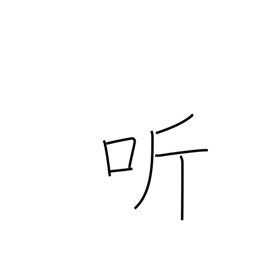
Meaning: open-mouthed laughter